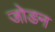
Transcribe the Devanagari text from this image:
जोडन